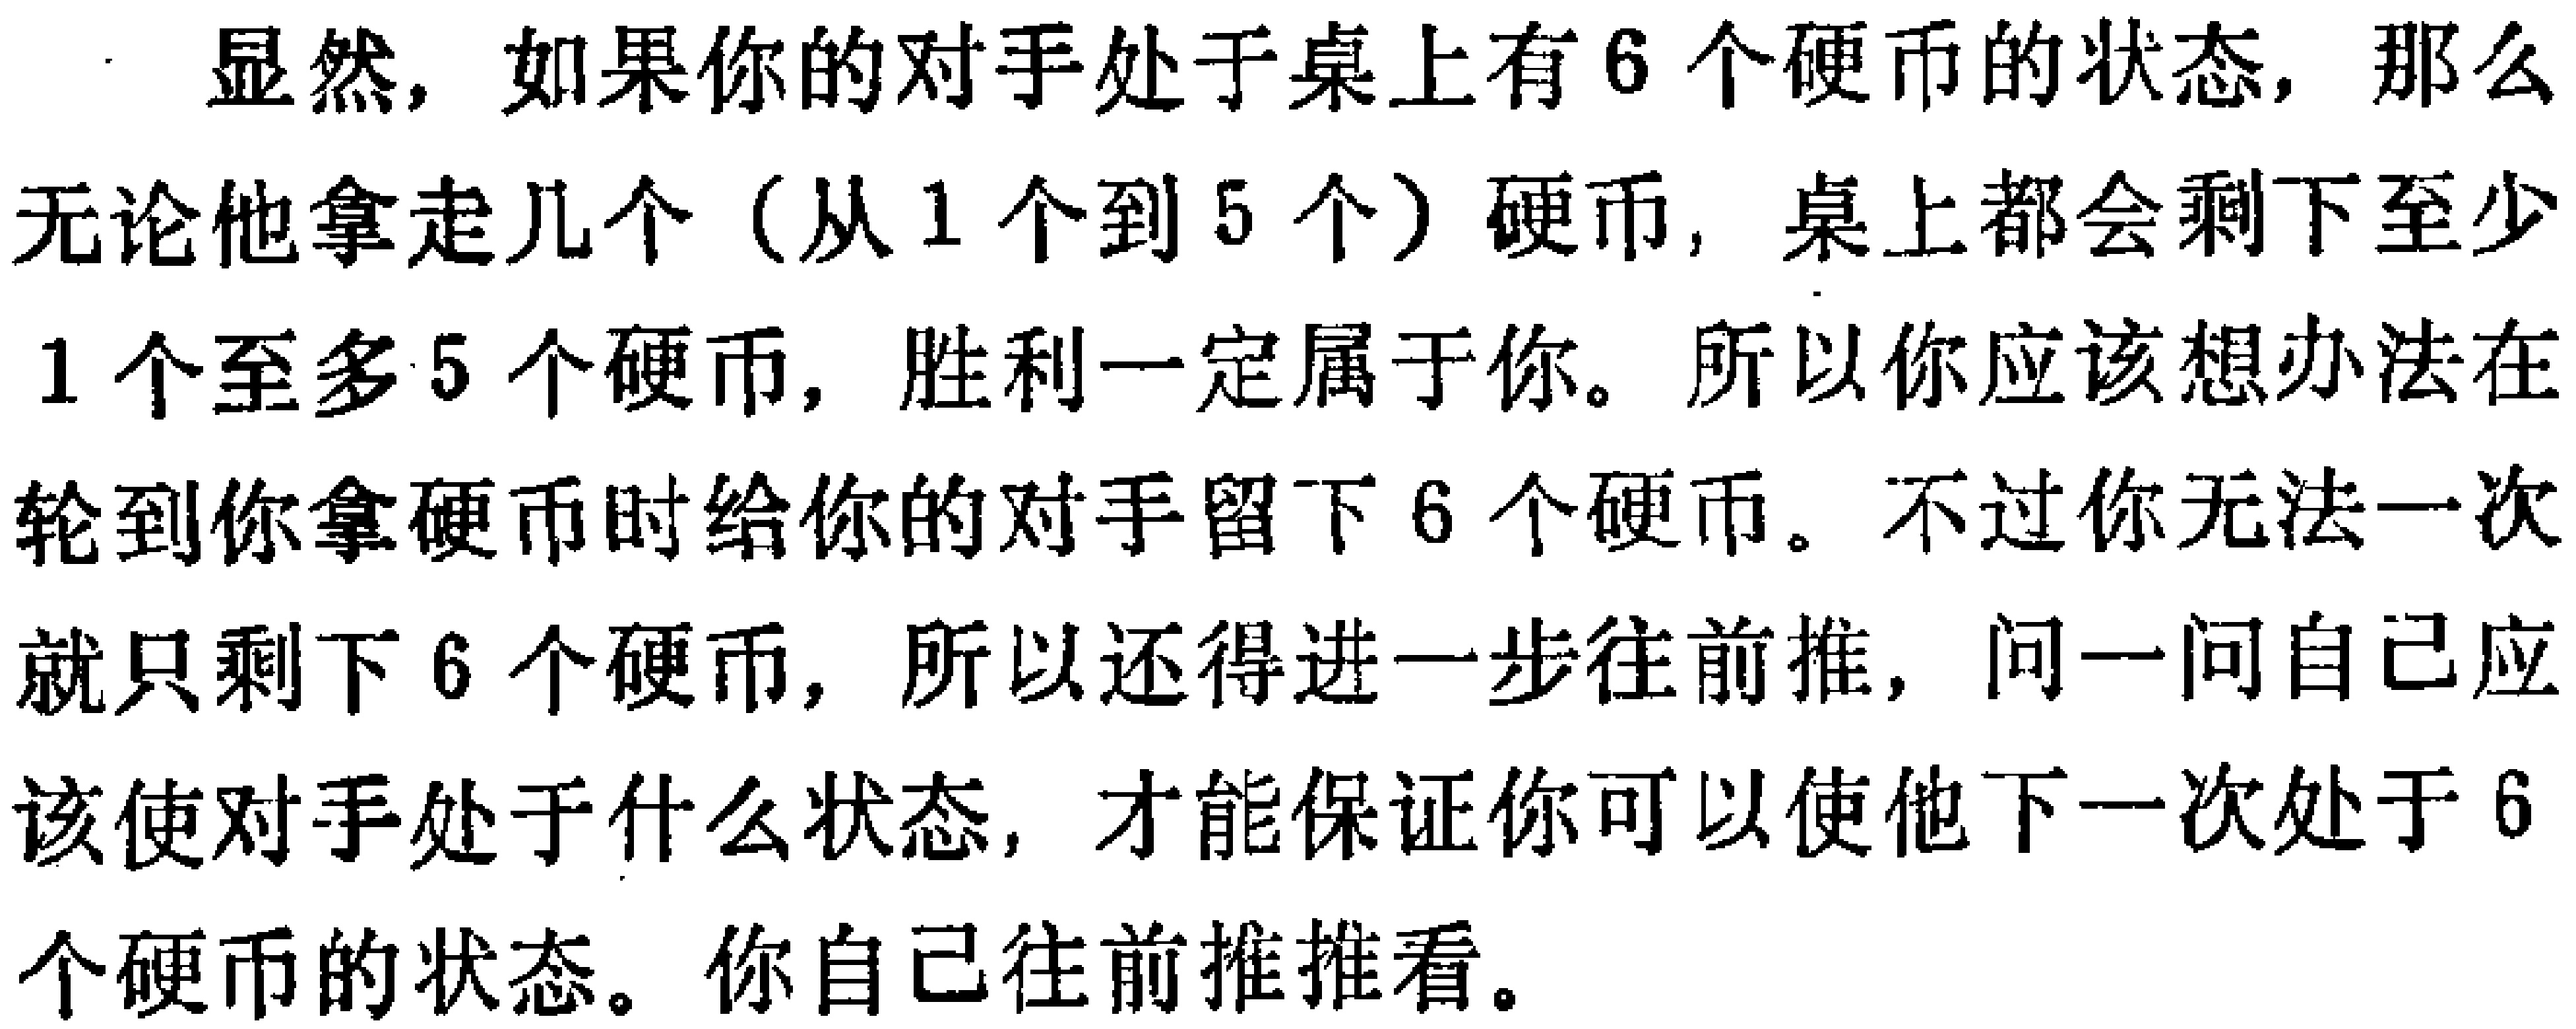
显然，如果你的对手处于桌上有6个硬币的状态，那么无论他拿走几个（从1个到5个）硬币，桌上都会剩下至少1个至多5个硬币，胜利一定属于你。所以你应该想办法在轮到你拿硬币时给你的对手留下6个硬币。不过你无法一次就只剩下6个硬币，所以还得进一步往前推，问一问自己应该使对手处于什么状态，才能保证你可以使他下一次处于6个硬币的状态。你自己往前推推看。